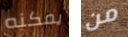
يمكنه من